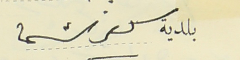
بلدية كفرشيما